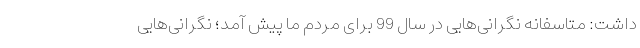
داشت: متاسفانه نگرانی‌هایی در سال 99 برای مردم ما پیش آمد؛ نگرانی‌هایی